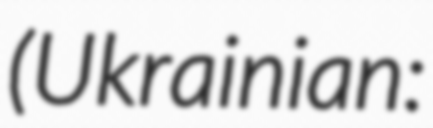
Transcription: (Ukrainian: